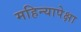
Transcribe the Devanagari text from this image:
महिन्यापेक्षा